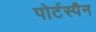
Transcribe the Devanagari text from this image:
पोर्टस्पैन